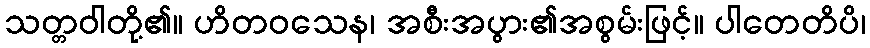
သတ္တဝါတို့၏။ ဟိတဝသေန၊ အစီးအပွား၏အစွမ်းဖြင့်။ ပါတေတိပိ၊